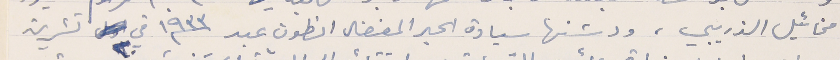
مخائيل الذريبي، ودشنها سيادة الحبر المفضال انطون عبد سنة ١٩٣٣ في ٢٠ تشرين